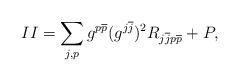
LaTeX: \begin{align*} II = \sum_{j, p} g^{p\overline{p}} (g^{j \overline{j}})^2 R_{j \overline{j} p \overline{p}} + P ,\end{align*}